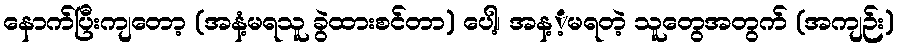
နောက်ပြီးကျတော့ (အနံ့မရသူ ခွဲထားစင်တာ) ပေါ့၊ အန့ံ့မရတဲ့ သူတွေအတွက် (အကျဉ်း)